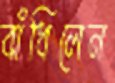
বাঁধিলেন